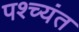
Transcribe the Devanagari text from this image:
पश्च्यंत